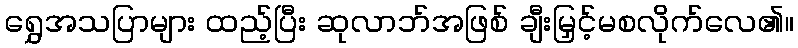
ရွှေအသပြာများ ထည့်ပြီး ဆုလာဘ်အဖြစ် ချီးမြှင့်မစလိုက်လေ၏။